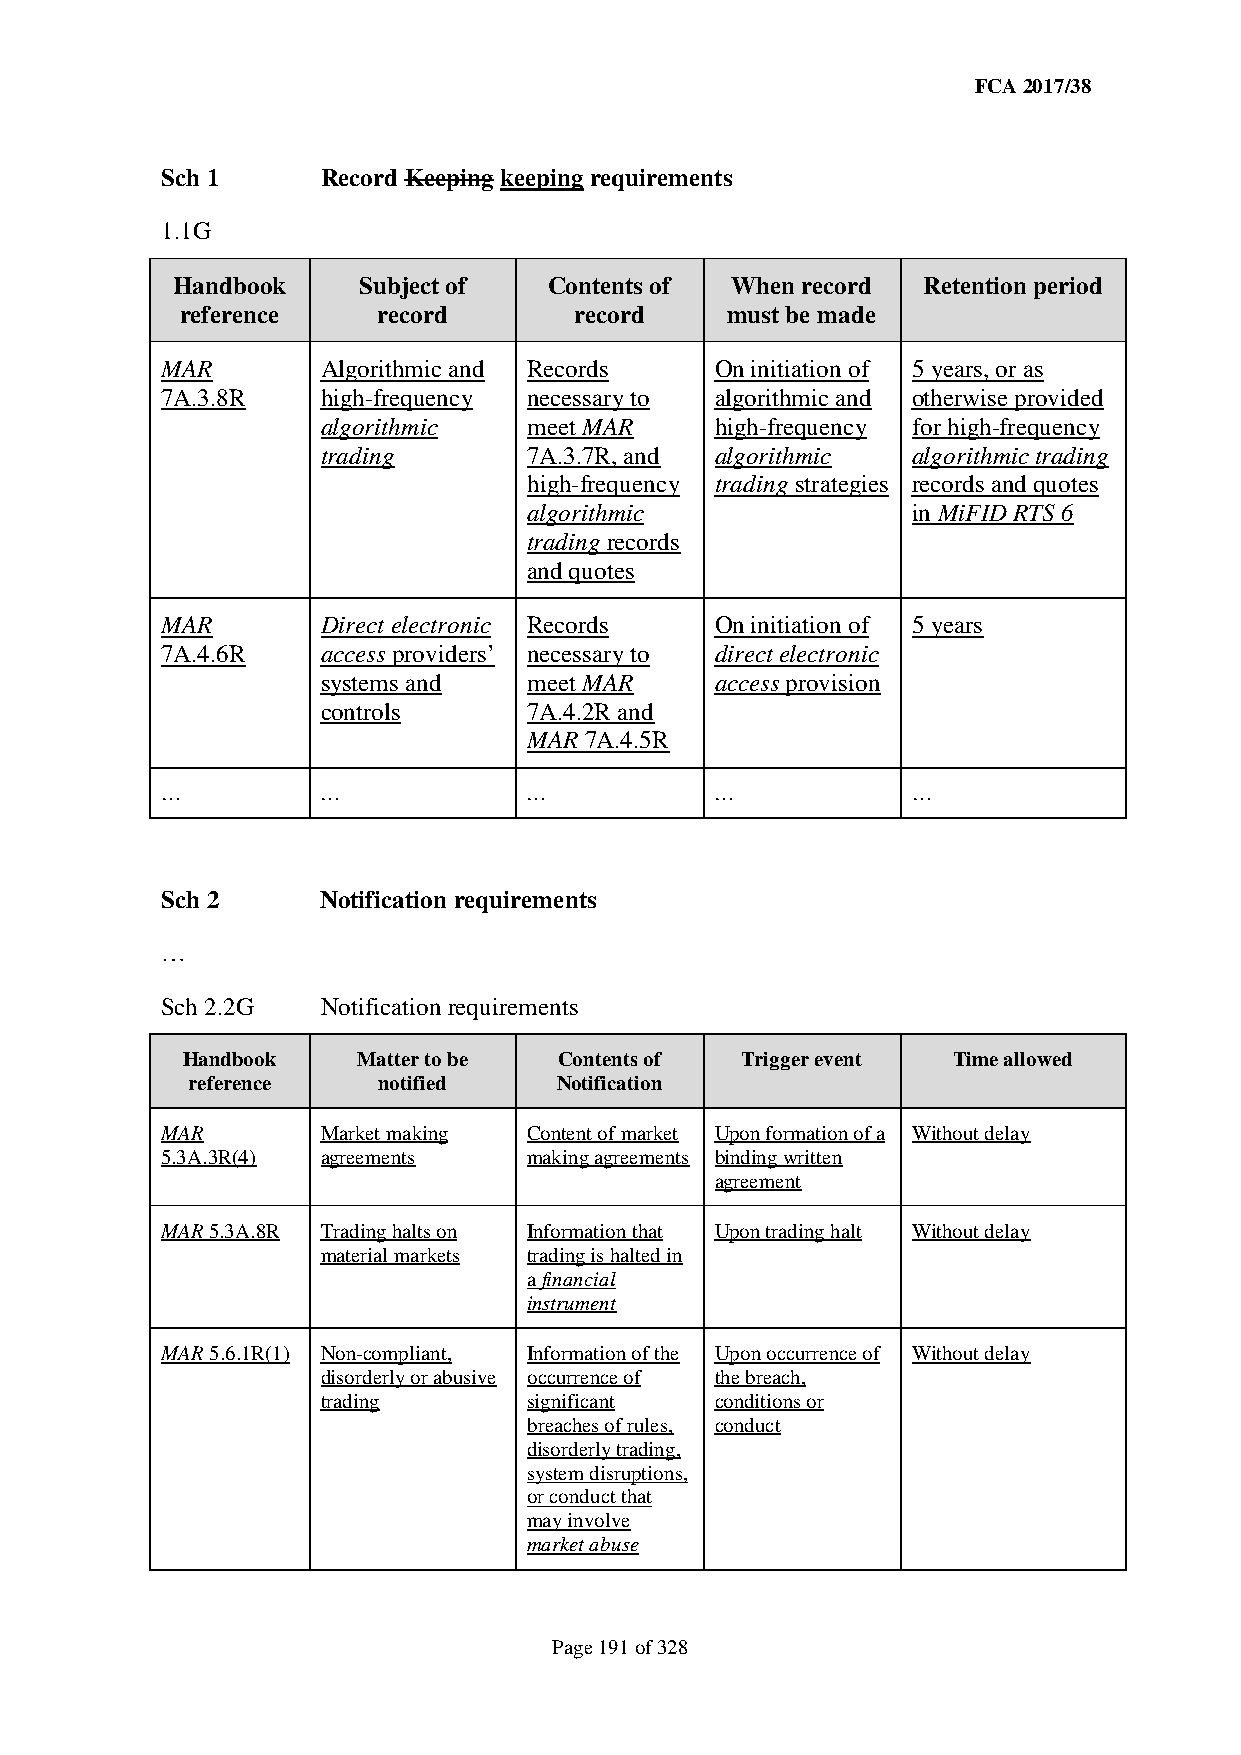
FCA 2017/38
 Sch 1     Record Keeping keeping requirements
 1.1G
 Handbook     Subject of  Contents of When record  Retention period
 reference    record       record    must be made
 MAR       Algorithmic and Records   On initiation of 5 years, or as
 7A.3.8R   high-frequency necessary to algorithmic and otherwise provided
 algorithmic   meet MAR    high-frequency for high-frequency
 trading       7A.3.7R, and algorithmic algorithmic trading
 high-frequency trading strategies records and quotes
 algorithmic              in MiFID RTS 6
 trading records
 and quotes
 MAR       Direct electronic Records On initiation of 5 years
 7A.4.6R   access providers’ necessary to direct electronic
 systems and   meet MAR    access provision
 controls      7A.4.2R and
 MAR 7A.4.5R
 …         …             …           …            …
 Sch 2     Notification requirements
 …
 Sch 2.2G  Notification requirements
 Handbook    Matter to be Contents of Trigger event Time allowed
 reference    notified    Notification
 MAR       Market making Content of market Upon formation of a Without delay
 5.3A.3R(4) agreements   making agreements binding written
 agreement
 MAR 5.3A.8R Trading halts on Information that Upon trading halt Without delay
 material markets trading is halted in
 a financial
 instrument
 MAR 5.6.1R(1) Non-compliant, Information of the Upon occurrence of Without delay
 disorderly or abusive occurrence of the breach,
 trading       significant conditions or
 breaches of rules, conduct
 disorderly trading,
 system disruptions,
 or conduct that
 may involve
 market abuse
 Page 191 of 328